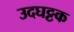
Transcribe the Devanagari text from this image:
उदघट्टक